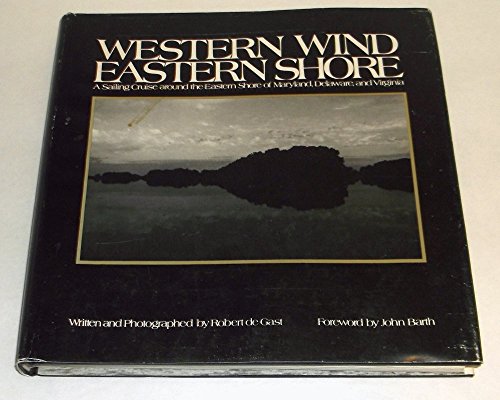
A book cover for Western Wind, Eastern Shore: A Sailing Cruise Around the Eastern Shore of Maryland, Delaware and Virginia; Professor Gast Robert de; Travel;